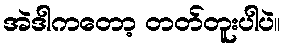
အဲဒါကတော့ တတ်တူးပါပဲ။